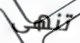
تنهى